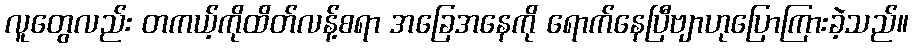
လူတွေလည်း တကယ့်ကိုထိတ်လန့်စရာ အခြေအနေကို ရောက်နေပြီဗျာဟုပြောကြားခဲ့သည်။